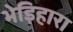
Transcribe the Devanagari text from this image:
भेड़िहारा